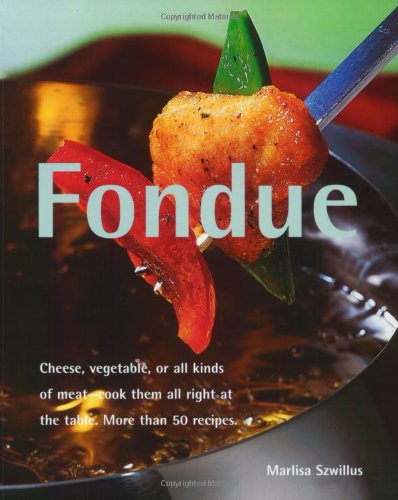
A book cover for Fondue (Quick & Easy Series) (Quick & Easy (Silverback)); Marlisa Szwillus Dr; Cookbooks, Food & Wine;